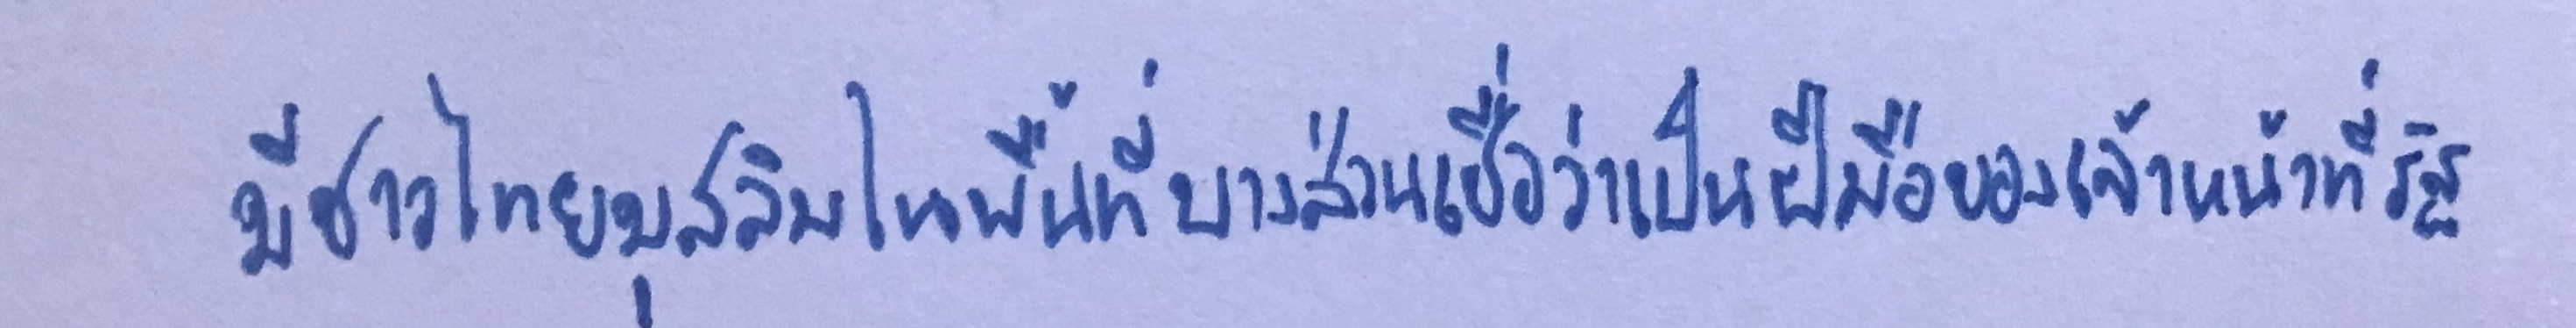
มีชาวไทยมุสลิมในพื้นที่บางส่วนเชื่อว่าเป็นฝีมือของเจ้าหน้าที่รัฐ